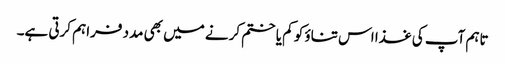
تاہم آپ کی غذا اس تناؤ کو کم یا ختم کرنے میں بھی مدد فراہم کرتی ہے۔